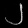
Digit: ၂